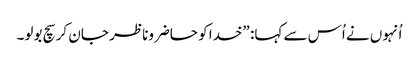
‏ اُنہوں نے اُس سے کہا:‏ ”‏خدا کو حاضروناظر جان کر سچ بولو۔